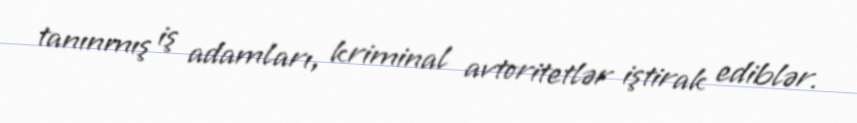
tanınmış iş adamları, kriminal avtoritetlər iştirak ediblər.